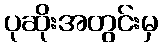
ပုဆိုးအတွင်းမှ